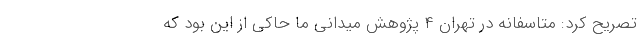
تصریح کرد: متاسفانه در تهران ۴ پژوهش میدانی ما حاکی از این بود که